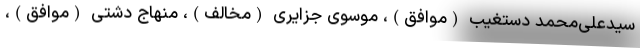
سیدعلی‌محمد دستغیب (موافق)، موسوی جزایری (مخالف)، منهاج دشتی (موافق)،